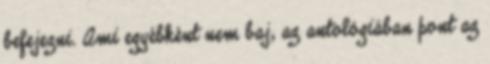
befejezni. Ami egyébként nem baj, az antológiában pont az